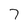
Character: 7